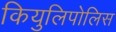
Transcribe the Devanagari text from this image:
कियुलिपोलिस